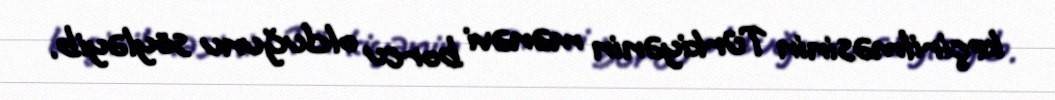
keçirilməsinin Türkiyənin mənəvi borcu olduğunu söyləyib.